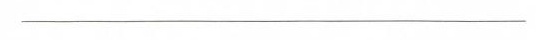
______________________